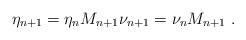
LaTeX: \begin{align*}\eta_{n+1}=\eta_n M_{n+1} \nu_{n+1}=\nu_n M_{n+1} \ . \end{align*}